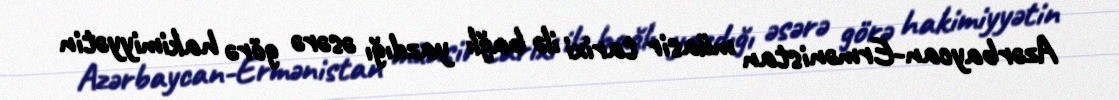
Azərbaycan-Ermənistan müasir tarixi ilə bağlı yazdığı əsərə görə hakimiyyətin